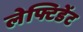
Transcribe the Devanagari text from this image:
लेफ्टिडेंट